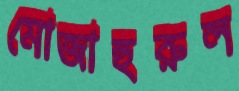
মোজাহুরুল